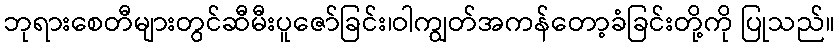
ဘုရားစေတီများတွင်ဆီမီးပူဇော်ခြင်း၊ဝါကျွတ်အကန်တော့ခံခြင်းတို့ကို ပြုသည်။